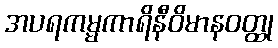
အပရကမ္မကာရိနီဝိမာနဝတ္ထု